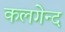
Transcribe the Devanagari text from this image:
कलगेन्द